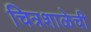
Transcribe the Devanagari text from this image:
चित्रशाळेची